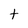
Character: t